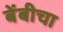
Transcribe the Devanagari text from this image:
बेंबीचा